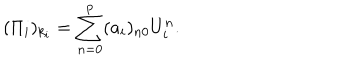
( \Pi _ { i } ) _ { k _ { i } } = \sum _ { n = 0 } ^ { p } ( a _ { i } ) _ { n 0 } U _ { i } ^ { n } .